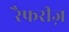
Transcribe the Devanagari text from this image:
रैफरीज़